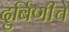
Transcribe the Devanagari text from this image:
दुर्बिणीचे